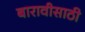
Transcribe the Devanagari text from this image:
बारावीसाठी